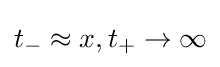
t_{-}\approx x,t_{+}\to \infty